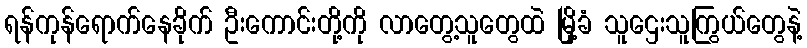
ရန်ကုန်ရောက်နေခိုက် ဦးကောင်းတို့ကို လာတွေ့သူတွေထဲ မြို့ခံ သူဌေးသူကြွယ်တွေနဲ့